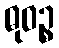
ဓုဝဉ္စ